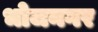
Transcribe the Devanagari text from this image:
भोजनगर